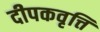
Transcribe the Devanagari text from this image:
दीपकवृत्ति